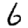
Digit: 6